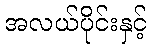
အလယ်ပိုင်းနှင့်